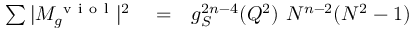
\begin{array} { r l r } { \sum \vert M _ { g } ^ { \mathrm { ~ v ~ i ~ o ~ l ~ } } \vert ^ { 2 } } & { { } = } & { g _ { S } ^ { 2 n - 4 } ( Q ^ { 2 } ) ~ N ^ { n - 2 } ( N ^ { 2 } - 1 ) } \end{array}